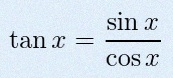
\tan x=\frac{\sin x}{\cos x}